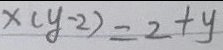
x ( y - 2 ) = 2 + y